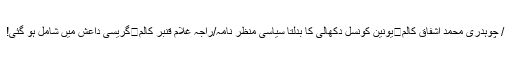
/ چوہدری محمد اشفاق کالم	یونین کونسل دکھالی کا بدلتا سیاسی منظر نامہ/راجہ غلام قنبر کالم	گریسی داعش میں شامل ہو گئی!